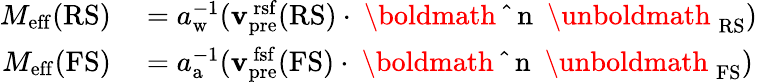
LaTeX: \begin{array}{rl}{M_{\mathrm{eff}}(\mathrm{RS})}&{{}=a_{\mathrm{w}}^{-1}({\mathbf{v}}_{\mathrm{pre}}^{\mathrm{\, rsf}}(\mathrm{RS})\cdot{\mathrm{~\boldmath~\hat{~}{~n~}~\unboldmath~}}_{\mathrm{RS}})}\\ {M_{\mathrm{eff}}(\mathrm{FS})}&{{}=a_{\mathrm{a}}^{-1}({\mathbf{v}}_{\mathrm{pre}}^{\mathrm{\, fsf}}(\mathrm{FS})\cdot{\mathrm{~\boldmath~\hat{~}{~n~}~\unboldmath~}}_{\mathrm{FS}})}\end{array}